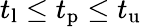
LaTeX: t_{\mathrm{l}}\le t_{\mathrm{p}}\le t_{\mathrm{u}}